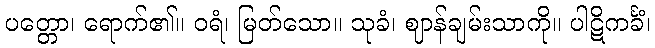
ပတ္တော၊ ရောက်၏။ ဝရံ၊ မြတ်သော။ သုခံ၊ ဈာန်ချမ်းသာကို။ ပါဋိကင်္ခံ၊